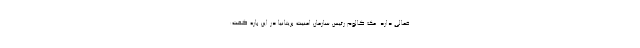
فعالی دارد. مک کالوم رئیس سازمان امنیت بریتانیا در این باره گفت: